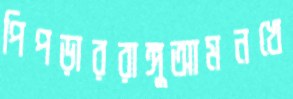
পিপড়াররাঙ্গুআমনখে